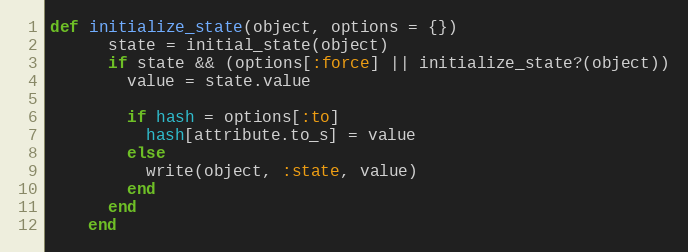
Language: Ruby
def initialize_state(object, options = {})
      state = initial_state(object)
      if state && (options[:force] || initialize_state?(object))
        value = state.value

        if hash = options[:to]
          hash[attribute.to_s] = value
        else
          write(object, :state, value)
        end
      end
    end